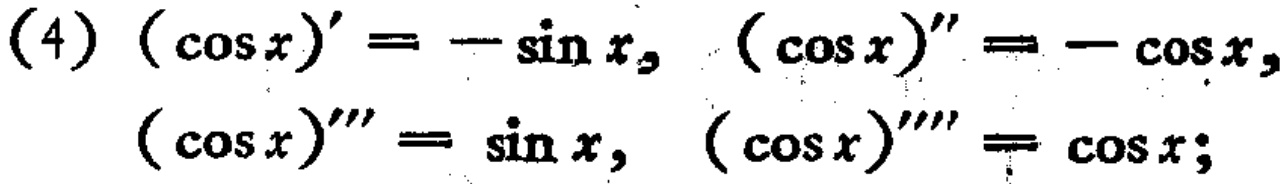
(4) $(\cos x)' = -\sin x, (\cos x)'' = -\cos x,$
$(\cos x)''' = \sin x, (\cos x)'''' = \cos x;$